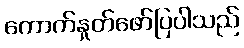
ကောက်နှုတ်ဖော်ပြပါသည်